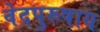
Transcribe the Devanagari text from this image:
वेदपुरुषाय